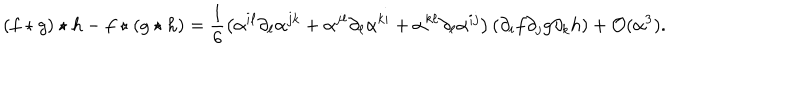
\left( f \star g \right) \star h - f \star \left( g \star h \right) = \frac { 1 } { 6 } \left( \alpha ^ { i \ell } \partial _ { \ell } \alpha ^ { j k } + \alpha ^ { j \ell } \partial _ { \ell } \alpha ^ { k i } + \alpha ^ { k \ell } \partial _ { \ell } \alpha ^ { i j } \right) \left( \partial _ { i } f \partial _ { j } g \partial _ { k } h \right) + \mathcal { O } ( \alpha ^ { 3 } ) .